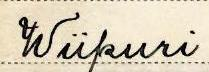
Wiipuri